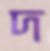
দ